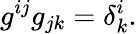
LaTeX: g^{ij}g_{jk}=\delta_{k}^{i}.